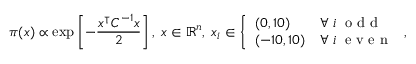
\pi ( x ) \propto \exp \left[ - \frac { x ^ { \intercal } C ^ { - 1 } x } { 2 } \right] , \; x \in \mathbb { R } ^ { n } , \; x _ { i } \in \left\{ \begin{array} { l l } { ( 0 , 1 0 ) } & { \forall \; i \; \mathrm { ~ o ~ d ~ d ~ } } \\ { ( - 1 0 , 1 0 ) } & { \forall \; i \; \mathrm { ~ e ~ v ~ e ~ n ~ } } \end{array} \right. ,